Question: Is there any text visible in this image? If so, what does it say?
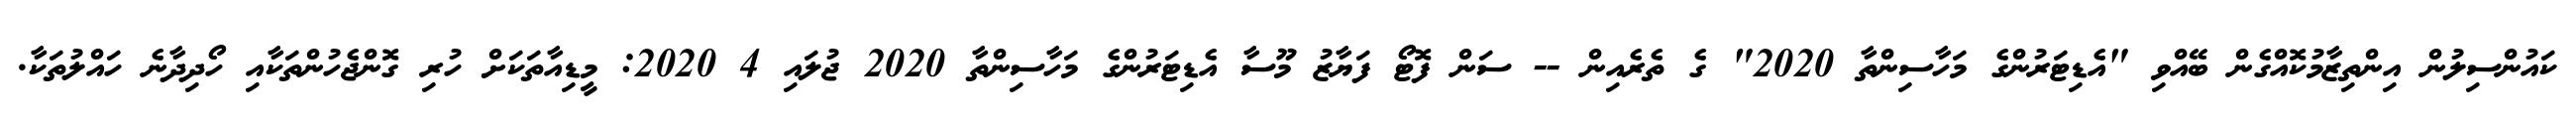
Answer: ކައުންސިލުން އިންތިޒާމުކޮއްގެން ބޭއްވި "އެޑިޓަރުންގެ މަހާސިންތާ 2020" ގެ ތެރެއިން -- ސަން ފޮޓޯ ފަޔާޒު މޫސާ އެޑިޓަރުންގެ މަހާސިންތާ 2020 ޖުލައި 4 2020: މީޑިއާތަކަށް ހުރި ގޮންޖެހުންތަކާއި ހޯދިދާނެ ހައްލުތަކާ.